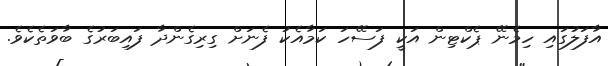
އާފަލުގައި ހިމެނޭ ޕެކްޓިން އަކީ ފަސޭހަ ކަމާއެކު ފެނަށް ގިރިގެންދާ ފައިބަރުގެ ބާވަތެކެވެ.